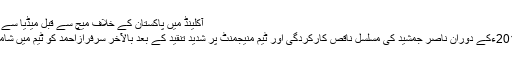
آکلینڈ میں پاکستان کے خلاف میچ سے قبل میڈیا سے بات کرتے ہوئے ڈیل اسٹین ...
آکلینڈ(نیوز ڈیسک)ورلڈکپ 2015ءکے دوران ناصر جمشید کی مسلسل ناقص کارکردگی اور ٹیم منیجمنٹ پر شدید تنقید کے بعد بالآخر سرفرازاحمد کو ٹیم میں شامل کرنے کا فیصلہ کرلیاگیاہے۔